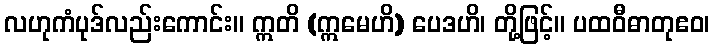
လဟုကံပုဒ်လည်းကောင်း။ ဣတိ (ဣမေဟိ) ပေဒဟိ၊ တို့ဖြင့်။ ပထဝီဓာတုဧဝ၊